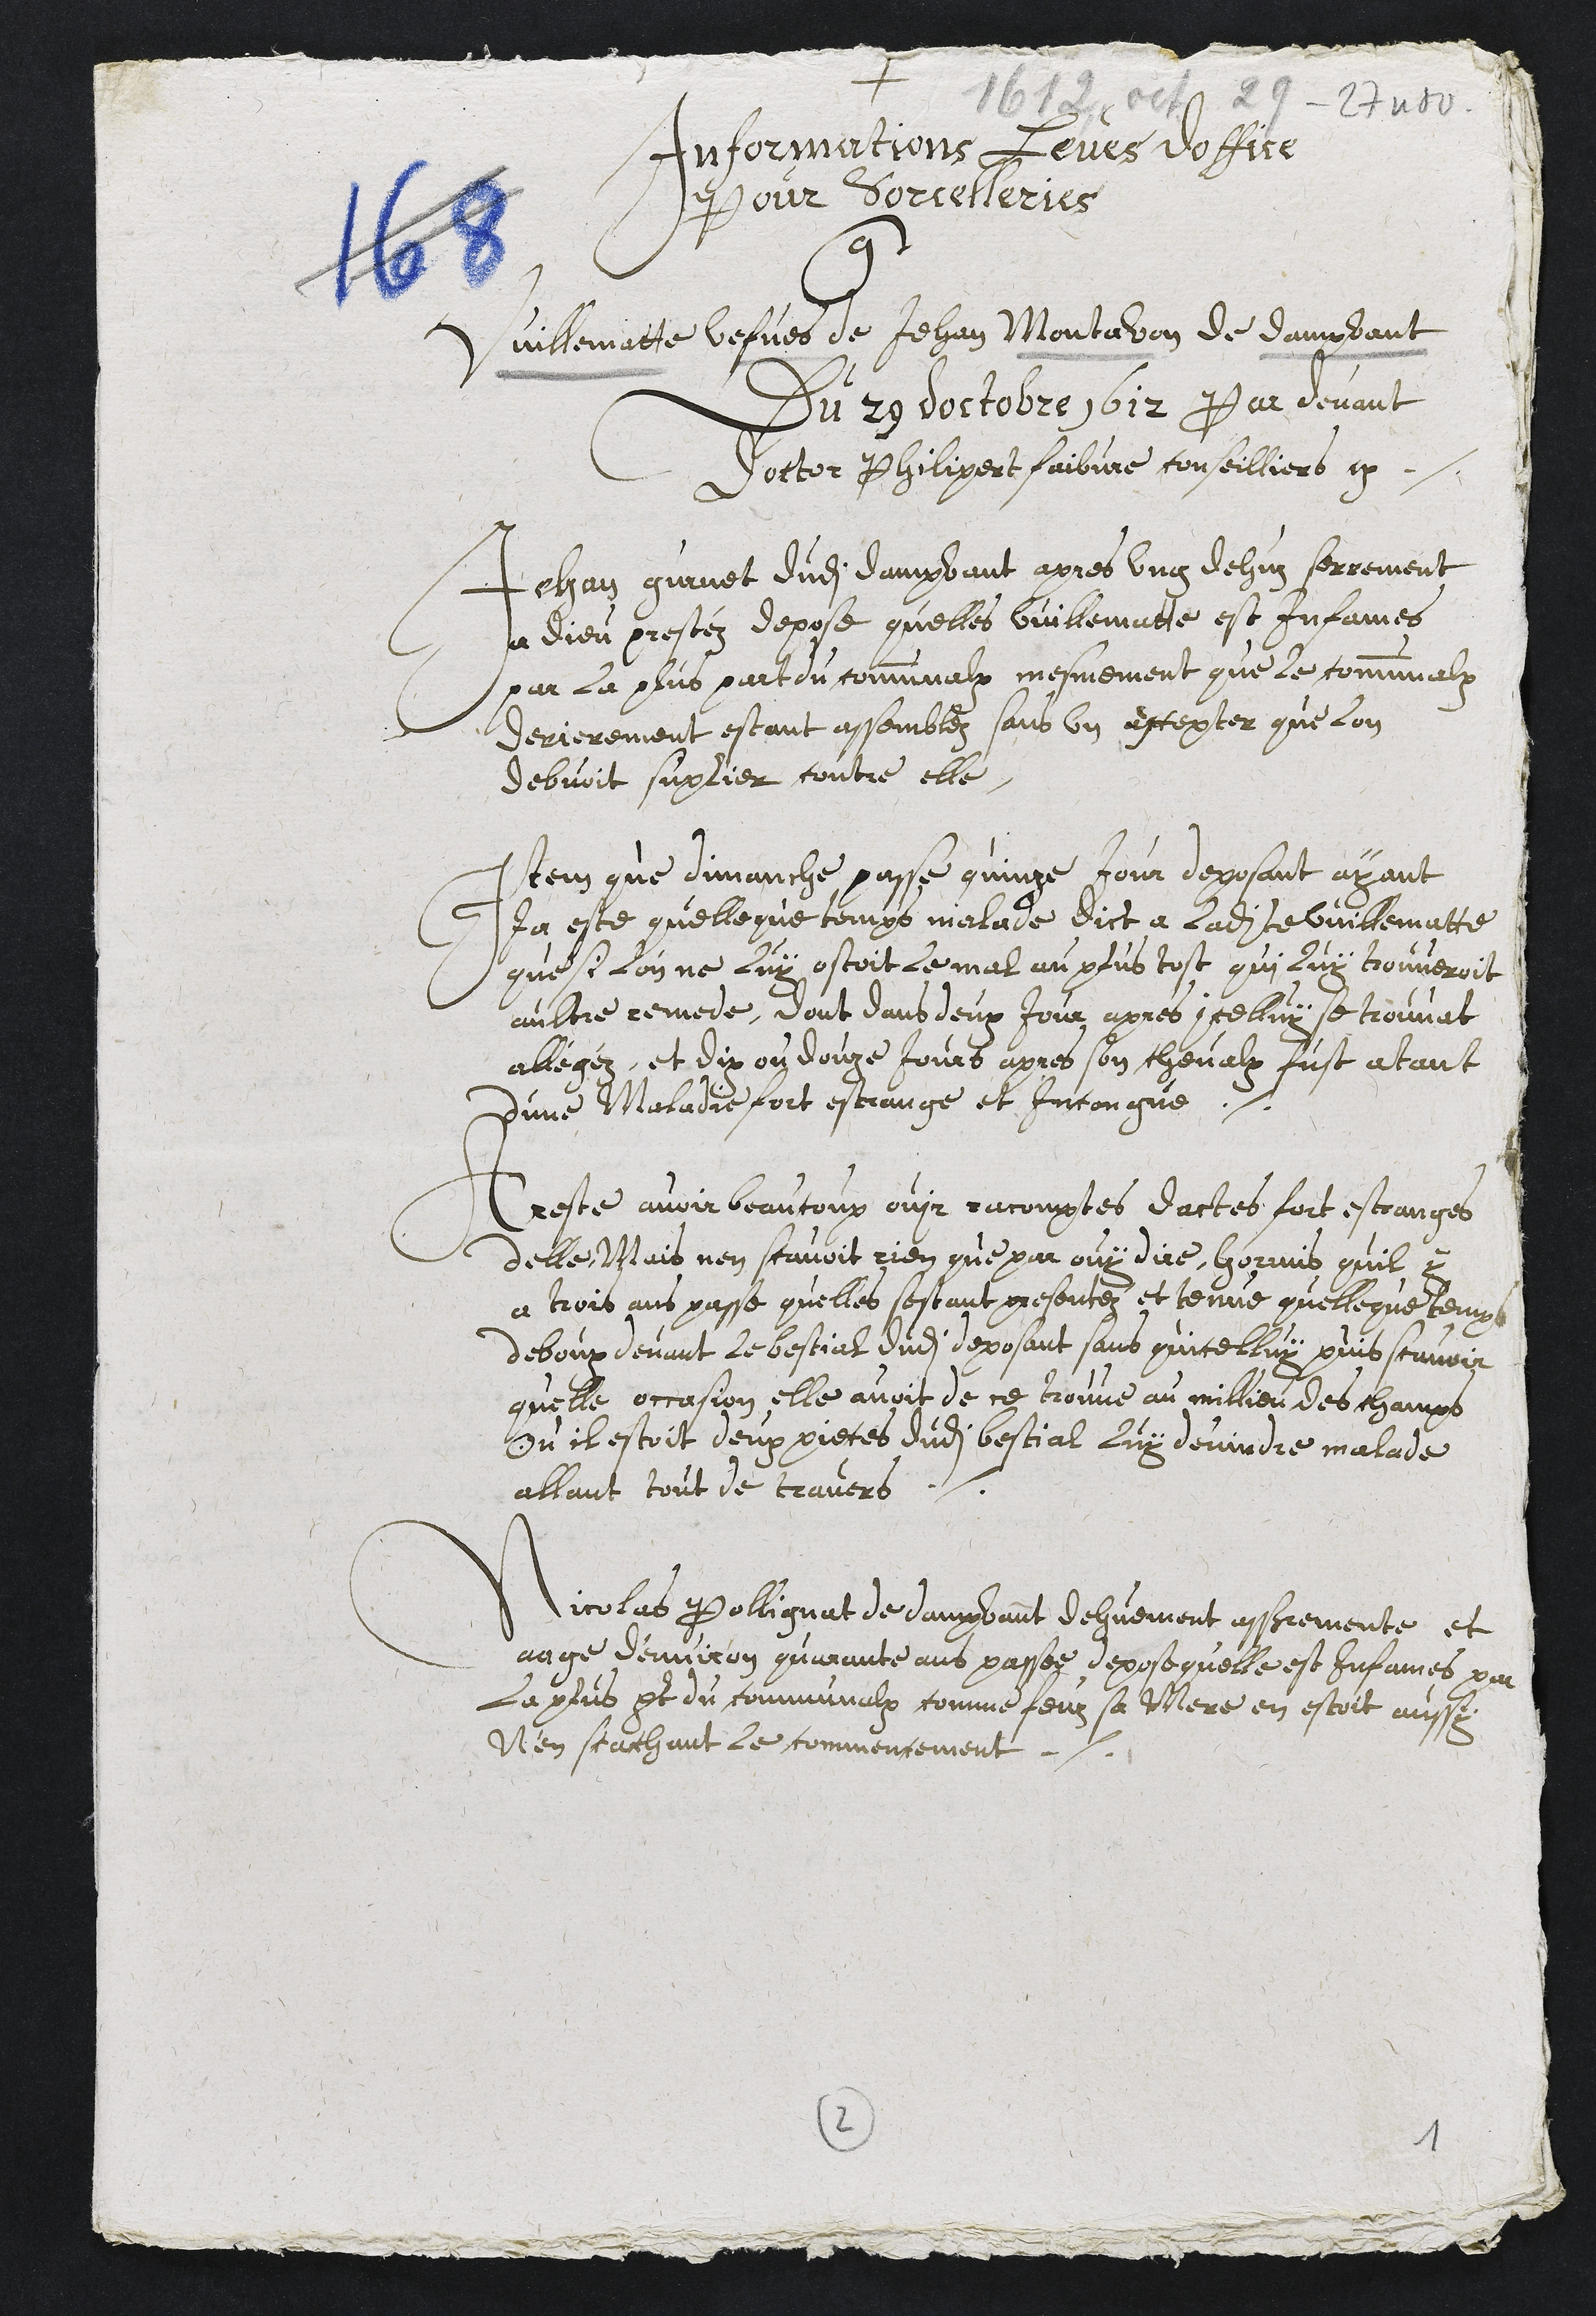
+
Informations Leves doffice
pour sorcelleries
contre
Vuillematte vefves de Jehan Montavon de dampvant
Du 29 doctobre 1612 Par devant
Doctor Philipert faibvre conseilliers etc
Jehan gurnet dudit dampvant apres ung dehuz serrement
a dieu prestez depose quelles vuillematte est infames
par la plus part du communalx mesmement que le communalx
derierement estant assemblez sans un excepter que lon
debvoit suplier contre elle
Item que dimanche passe quinze jour deposant ayant
Ja este quelleque temps malade dict a ladite Vuillematte
que si lon ne luy ostoit le mal au plus tost qui luy trouveroit
aultre remede, dont dans deux Jour apres icelluy se trouvat
allégéz, et dix ou douze jours apres son chevalx fust atant
dune Maladie fort estrange et Incongnue.
Areste avoir beaucoup ouyr racomptes dactes fort estranges
delle, Mais nen scavoit rien que par ouy dire hormis quil y
a trois ans passe quelles sestant presentez et tenue quelleque temps
deboux devant le bestial dudit deposant sans quicelluy puis scavoir
quelle occasion elle avoit de ce trouve au millieu des champs
Ou il estoit deux pieces dudit bestial luy devindre malade
allant tout de travers
Nicolas Pollignat de dampvant dehuement asseremente et
eage d'environ quarante ans passee depose quelle est infames par
La plus part du communalx comme feuz sa Mere en estoit aussy
N'en scachant le commencement.